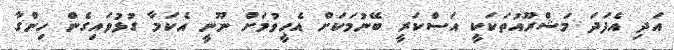
އަދި އެފަދަ މަޝްރޫއުތަކަކީ އަސްކަރީ ބޭނުމަކަށް އެހީވުމަށް ނޫނީ އެކަމާ ގުޅުވައިގެން ހިންގާ